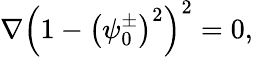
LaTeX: \nabla\left(1-\left(\psi_{0}^{\pm}\right)^{2}\right)^{2}=0,